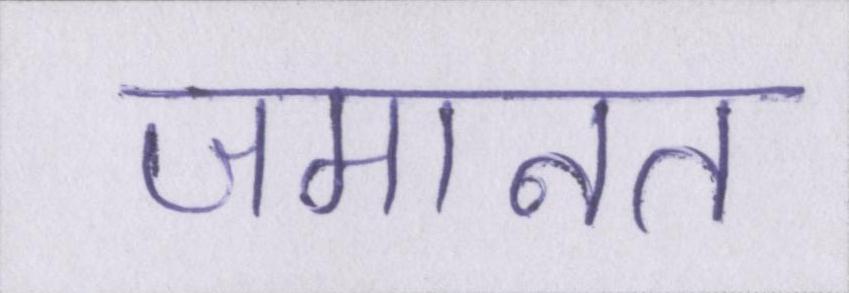
जमानत